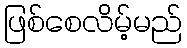
ဖြစ်စေလိမ့်မည်